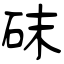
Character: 砞